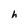
Character: h